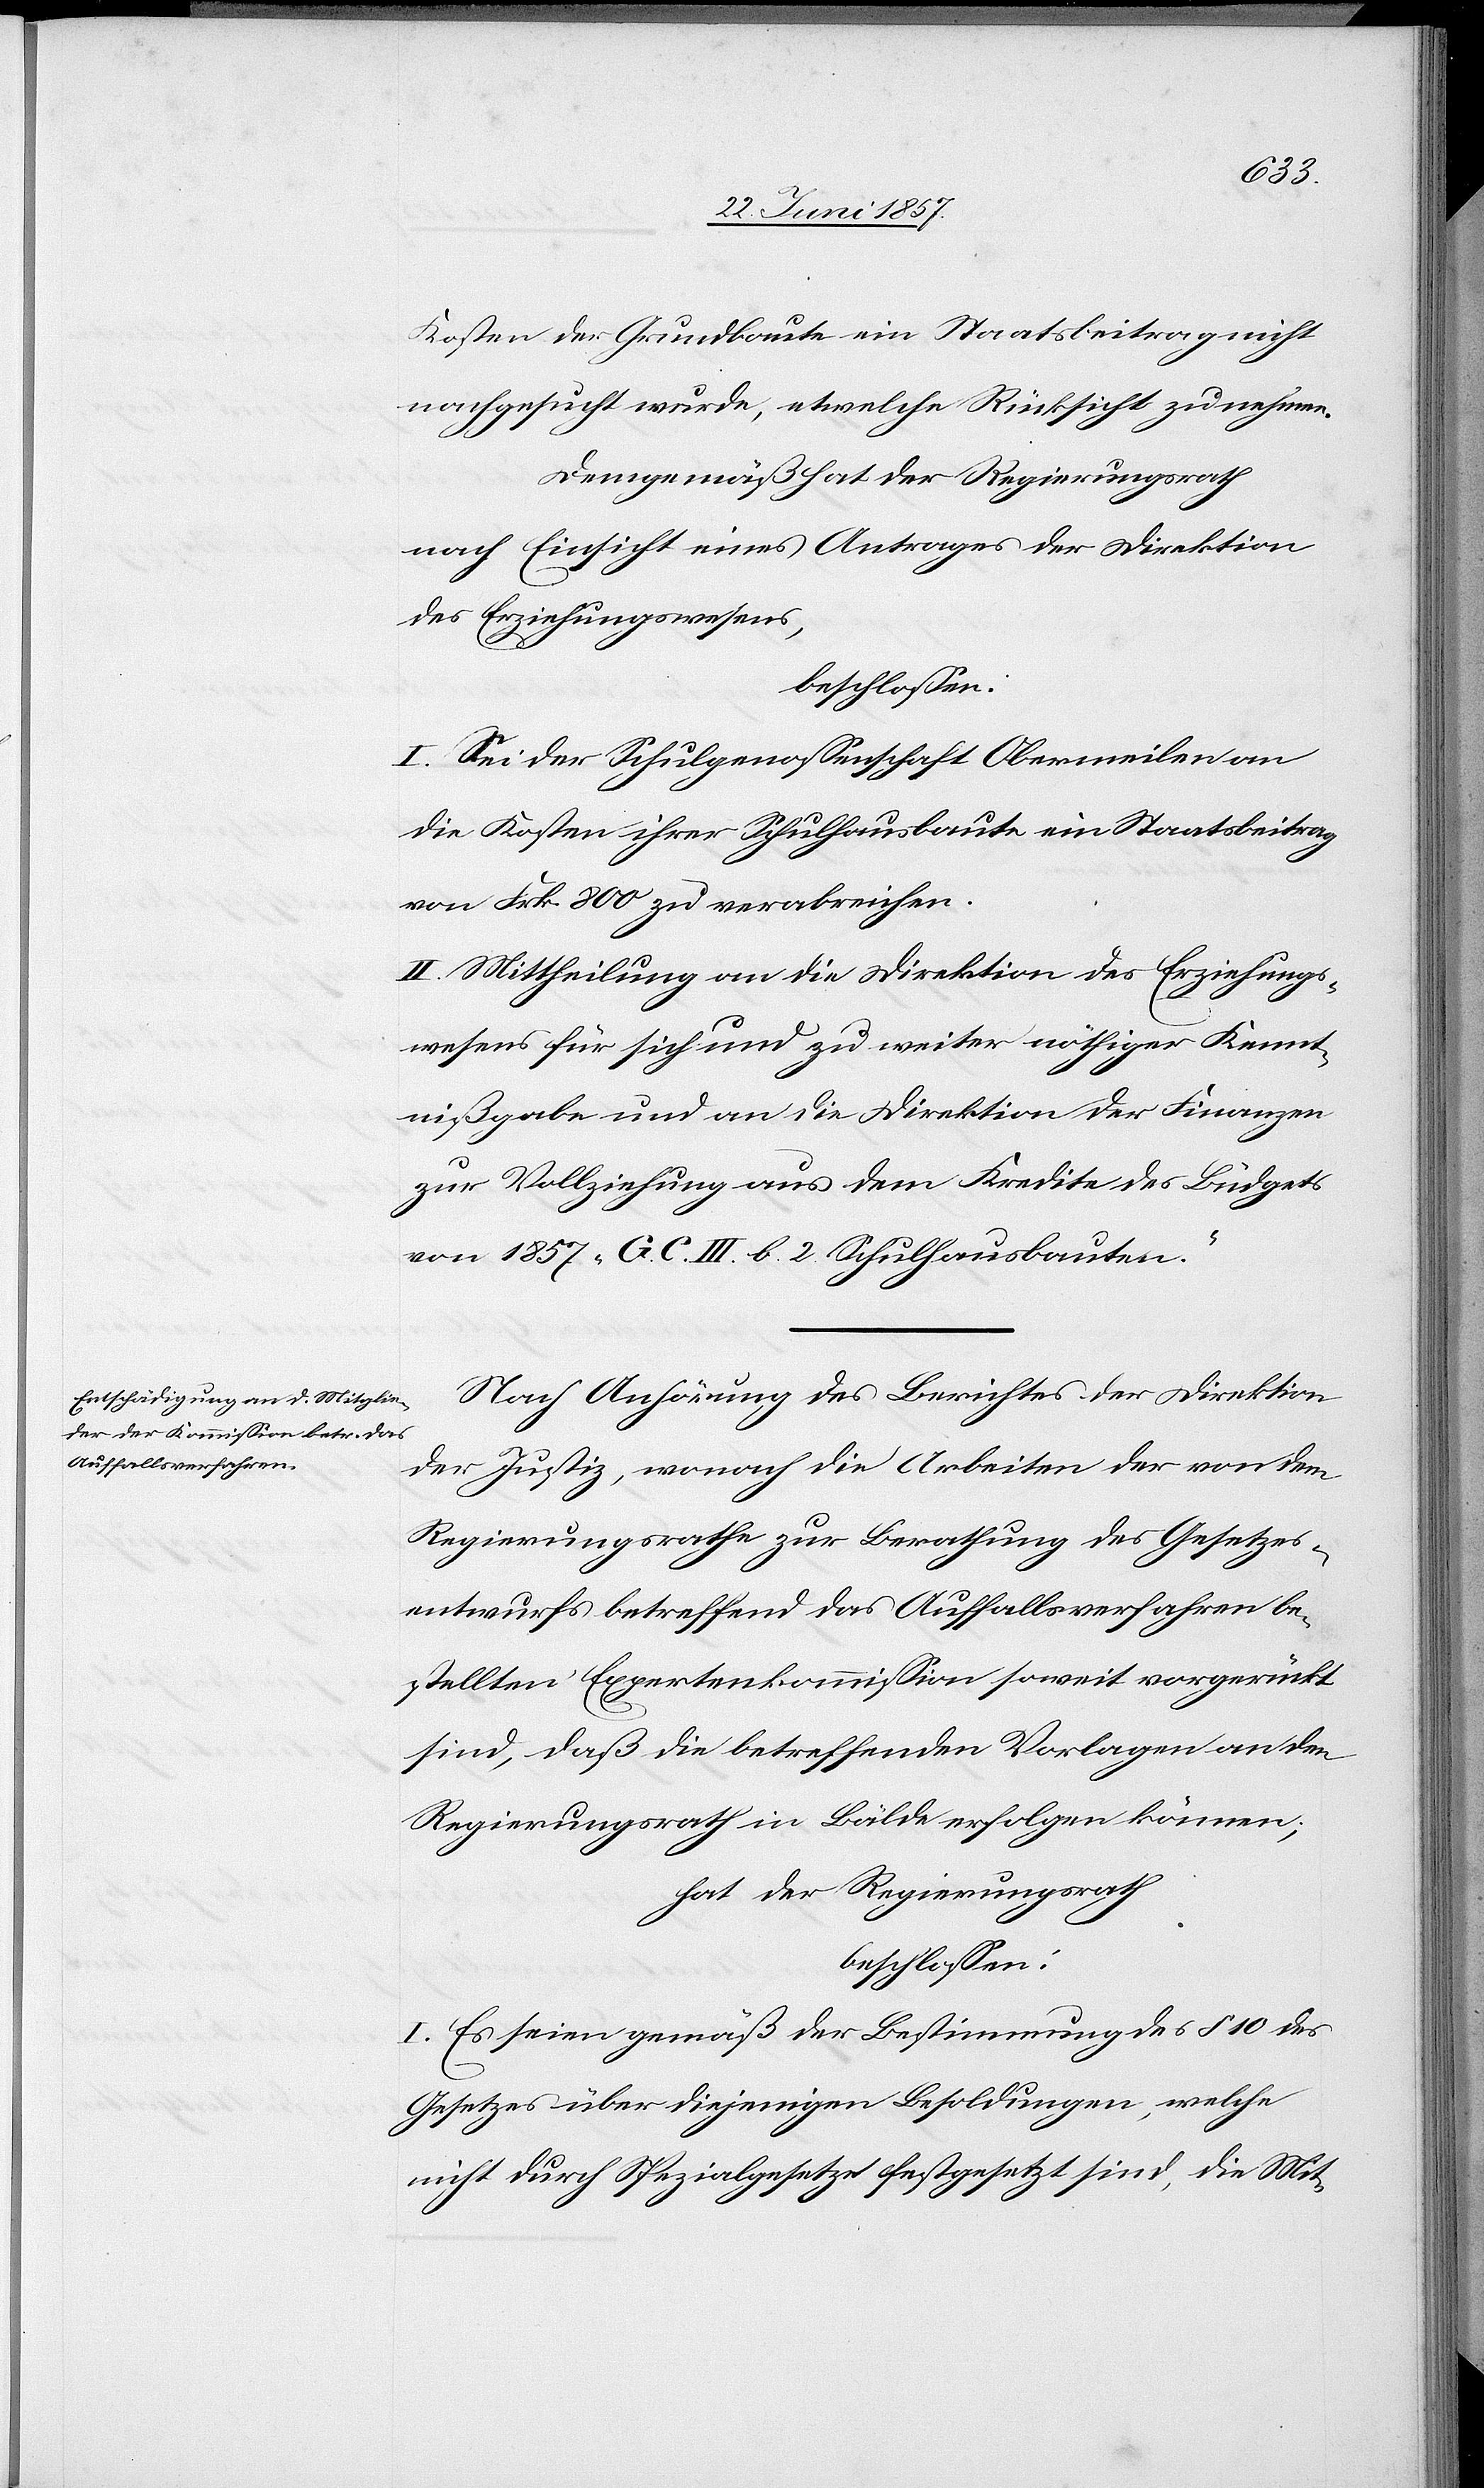
Kosten der Grundbaute ein Staatsbeitrag nicht
nachgesucht wurde, etwelche Rücksicht zu nehmen.
Demgemäß hat der Regierungsrath
nach Einsicht eines Antrages der Direktion
des Erziehungswesens,
beschlossen:
I. Sei der Schulgenossenschaft Obermeilen an
die Kosten ihrer Schulhausbaute ein Staatsbeitrag
von Frk. 800 zu verabreichen.
II. Mittheilung an die Direktion des Erziehungs¬
wesens für sich und zu weiter nöthiger Kennt¬
nißgabe und an die Direktion der Finanzen
zur Vollziehung aus dem Kredite des Büdgets
von 1857 „G. C. III. b. 2 Schulhausbauten.“
Nach Anhörung des Berichtes der Direktion
der Justiz, wonach die Arbeiten der von dem
Regierungsrathe zur Berathung des Gesetzes¬
entwurfes betreffend das Auffallsverfahren be¬
stellten Expertenkommission soweit vorgerückt
sind, daß die betreffenden Vorlagen an den
Regierungsrath in Bälde erfolgen können;
hat der Regierungsrath
beschlossen:
I. Es seien gemäß der Bestimmung des § 10 des
Gesetzes über diejenigen Besoldungen, welche
nicht durch Spezialgesetze festgesetzt sind, die Mit-